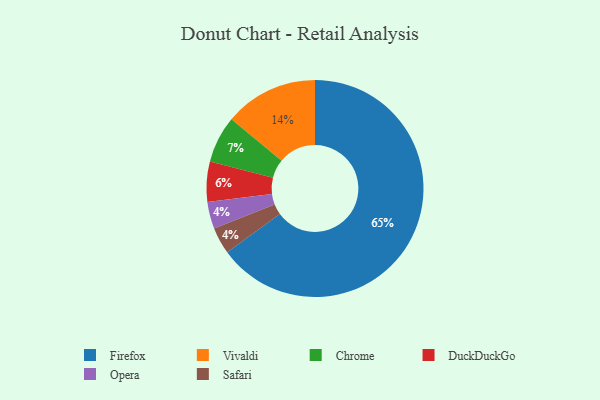
{"axis": {"x": "Category", "y": "Percentage"}, "legend": ["Chrome", "DuckDuckGo", "Firefox", "Opera", "Safari", "Vivaldi"], "data": [{"x": "Vivaldi", "y": 14, "type": "Vivaldi"}, {"x": "Opera", "y": 4, "type": "Opera"}, {"x": "Safari", "y": 4, "type": "Safari"}, {"x": "DuckDuckGo", "y": 6, "type": "DuckDuckGo"}, {"x": "Firefox", "y": 65, "type": "Firefox"}, {"x": "Chrome", "y": 7, "type": "Chrome"}]}